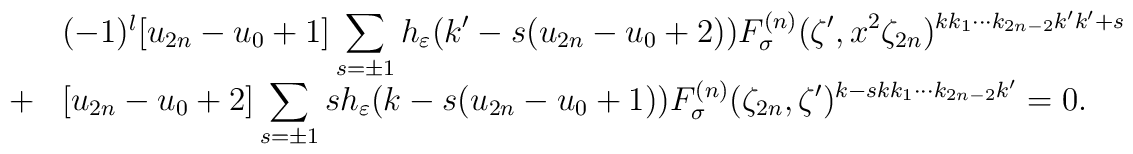
\begin{array}{cl}&(-1)^l \mbox{[}u_{2n}-u_0 +1\mbox{]} \displaystyle\sum_{s =\pm 1} h_\varepsilon  (k'-s(u_{2n}-u_0 +2)) F_{\sigma}^{(n)} (\zeta', x^{2}\zeta_{2n})^{kk_1 \cdots k_{2n-2} k' k'+s} \\+&\mbox{[}u_{2n}-u_0+2\mbox{]} \displaystyle\sum_{s =\pm 1} s h_\varepsilon (k-s(u_{2n}-u_0+1)) F_{\sigma}^{(n)} (\zeta_{2n}, \zeta')^{k-s k k_1 \cdots k_{2n-2} k'}=0. \end{array}